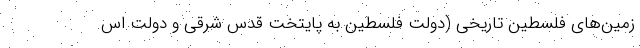
زمین‌های فلسطینِ تاریخی (دولت فلسطین به پایتخت قدس شرقی و دولت اس